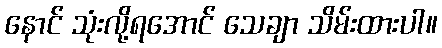
နောင် သုံးလို့ရအောင် သေချာ သိမ်းထားပါ။